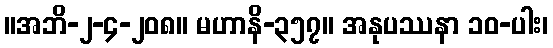
။အဘိ-၂-၄-၂၀၈။ မဟာနိ-၃၅၇။ အနုပဿနာ ၁၀-ပါး၊